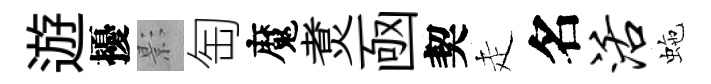
遊擾影匋魔煑凾契走名活虵